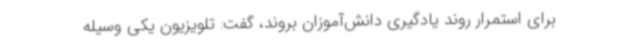
برای استمرار روند یادگیری دانش‌آموزان بروند، گفت: تلویزیون یکی وسیله